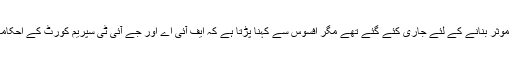
یہ احکامات تحقیقات کو شفاف اور موثر بنانے کے لئے جاری کئے گئے تھے مگر افسوس سے کہنا پڑتا ہے کہ ایف آئی اے اور جے آئی ٹی سپریم کورٹ کے احکامات کی خلاف ورزی کر رہے ہیں۔